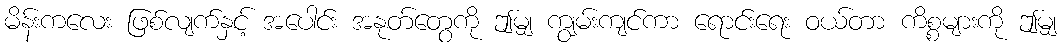
မိန်းကလေး ဖြစ်လျက်နှင့် အပေါင်း အနုတ်တွေကို ဤမျှ ကျွမ်းကျင်ကာ ရောင်းရေး ဝယ်တာ ကိစ္စများကို ဤမျှ